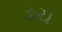
ઙચ